Annual administration report of the Civil Veterinary Department of India - 1896-1897
Year: 1896
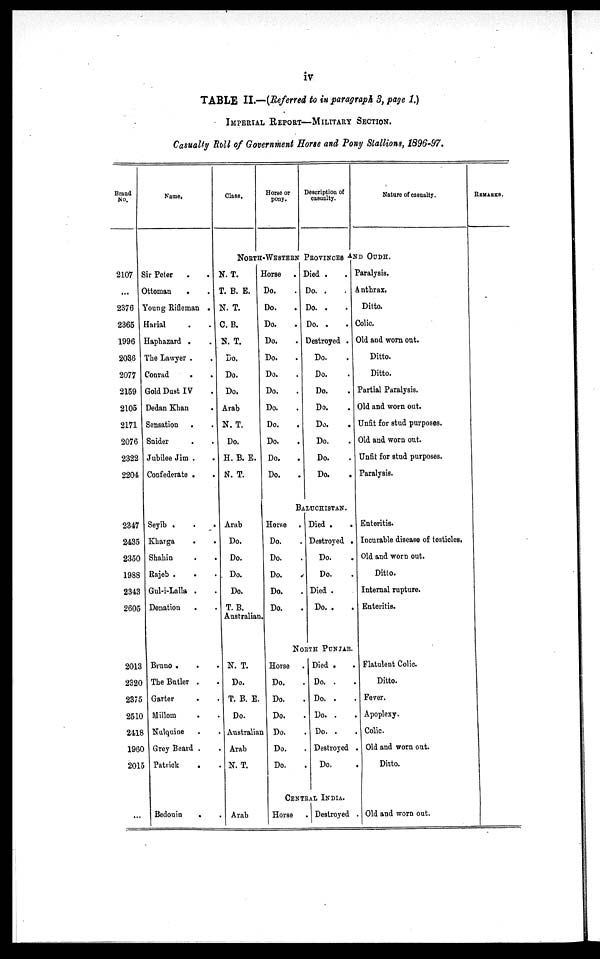
iv
TABLE II.—(Referred to in paragraph 3, page 1.)
IMPERIAL REPORT-MILITARY SECTION.
Casually Roll of Government Horse and Pony Stallions, 1896-97.
Brand
No.
2107
...
2376
2365
1996
2036
2077
2159
2105
2171
2076
2322
2204
2347
2435
2350
1988
2343
2605
2013
2320
2375
2510
2418
1960
2015
...
Name.
Sir Peter . .
Ottoman . .
Young Rifleman .
Harial . .
Haphazard . .
The Lawyer .
.
Conrad
.
.
Gold Dust IV .
Dedan Khan
.
Sensation . .
Snider . .
Jubilee Jim . .
Confederate .
.
Seyib .
.
.
Kharga
.
.
Shahin . .
Rajeb . . .
Gul-i-Lalla . .
Donation . .
Bruno . . .
The Butler . .
Garter . .
Millom
. .
Nulquine . .
Grey Beard . .
Patrick
. .
Bedouin
. .
Class.
Horse or
pony.
Description of
casualty.
Nature of casualty.
NORTH-WESTERN PROVINCES AND OUDH.
N. T.
T. B. E.
N. T.
C. B.
N. T.
Do.
Do.
Do.
Arab
N. T.
Do.
H. B. E.
N. T.
Arab
Do.
Do.
Do. .
Do. .
T. B.
Australian.
N. T.
Do.
T. B. E.
Do.
Australian
Arab
N. T.
Arab
Horse .
Do. .
Do. .
Do. .
Do. .
Do. .
Do. .
Do. .
Do. .
Do. .
Do. .
Do. .
Do. .
Died . .
Do. . .
Do. . .
Do. . .
Destroyed .
Do. .
Do. .
Do. .
Do. .
Do. .
Do. .
Do. .
Do. .
BALUCHISTAN.
Horse .
Do. .
Do. .
Do. .
Do. .
Do. .
Died . .
Destroyed .
Do. .
Do. .
Died .
Do. . .
NORTH PUNJAB.
Horse .
Do. .
Do. .
Do. .
Do. .
Do. .
Do. .
Died . .
Do. . .
Do. . .
Do. . .
Do. . .
Destroyed .
Do. .
CENTRAL INDIA.
Horse .
Destroyed .
Paralysis.
Antbrax.
Ditto.
Colic.
Old and worn out.
Ditto.
Ditto.
Partial Paralysis.
Old and worn out.
Unfit for stud purposes.
Old and worn out.
Unfit for stud purposes.
Paralysis.
Enteritis.
Incurable disease of testicles.
Old and worn out.
Ditto.
Internal rupture.
Enteritis.
Flatulent Colic.
Ditto.
Fever.
Apoplexy.
Colic.
Old and worn out.
Ditto.
Old and worn out.
REMARKS.